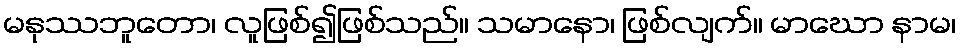
မနုဿဘူတော၊ လူဖြစ်၍ဖြစ်သည်။ သမာနော၊ ဖြစ်လျက်။ မာဃော နာမ၊